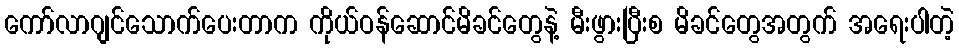
ကော်လာဂျင်သောက်ပေးတာက ကိုယ်ဝန်ဆောင်မိခင်တွေနဲ့ မီးဖွားပြီးစ မိခင်တွေအတွက် အရေးပါတဲ့